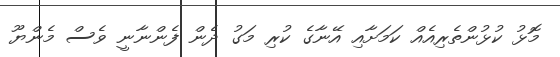
މޮޅު ކުޅުންތެރިއެއް ކަމަށާއި އޭނާގެ ކުރި މަގު ދެން ފެންނާނީ ވެސް މެންޔޫ